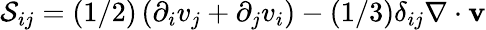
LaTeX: \mathcal{S}_{ij}=(1/2)\left(\partial_{i}v_{j}+\partial_{j}v_{i}\right)-(1/3)\delta_{ij}\nabla\cdot\mathbf{v}